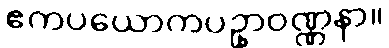
ဧကပယောကပဥှာဝဏ္ဏနာ။